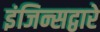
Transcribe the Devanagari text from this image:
इंजिन्सद्वारे